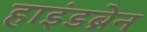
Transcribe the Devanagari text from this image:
हाइंडब्रेन